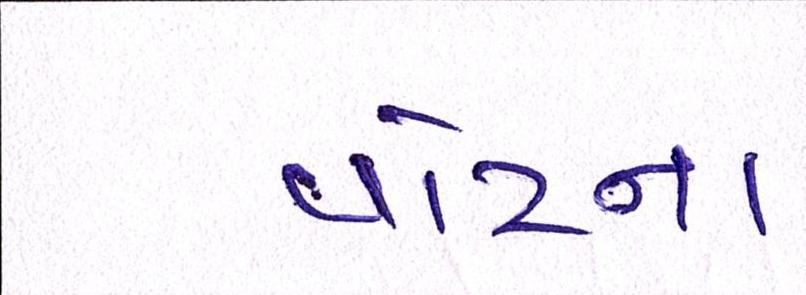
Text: વોટના